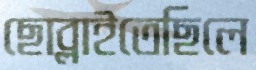
ছোব্‌লাইতেছিলে